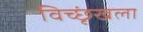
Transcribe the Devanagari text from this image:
विच्छृंखला